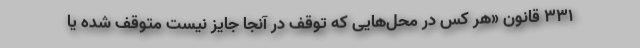
۳۳۱ قانون «هر کس در محل‌هایی که توقف در آنجا جایز نیست متوقف شده یا